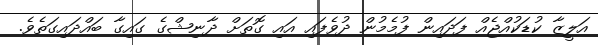
އަލީޒާ ކުޑަކުއްޖެއް ފަދައިން ފުމެމުން ދުވެފައި އައި ގޮތަށް ދާނިޝްގެ ގައިގާ ބައްދައިގަތެވެ.